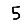
Digit: 5